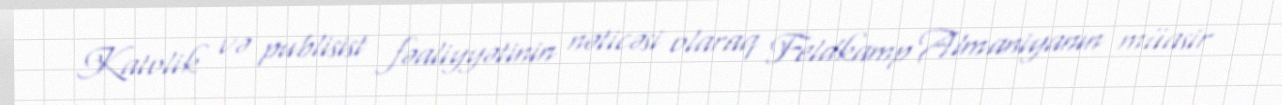
Katolik və publisist fəaliyyətinin nəticəsi olaraq Feldkamp Almaniyanın müasir